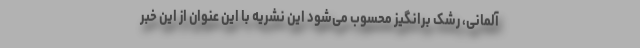
آلمانی، رشک برانگیز محسوب می‌شود این نشریه با این عنوان از این خبر